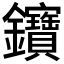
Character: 𨰰